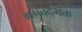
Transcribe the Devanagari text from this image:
भगवद्‌भक्त